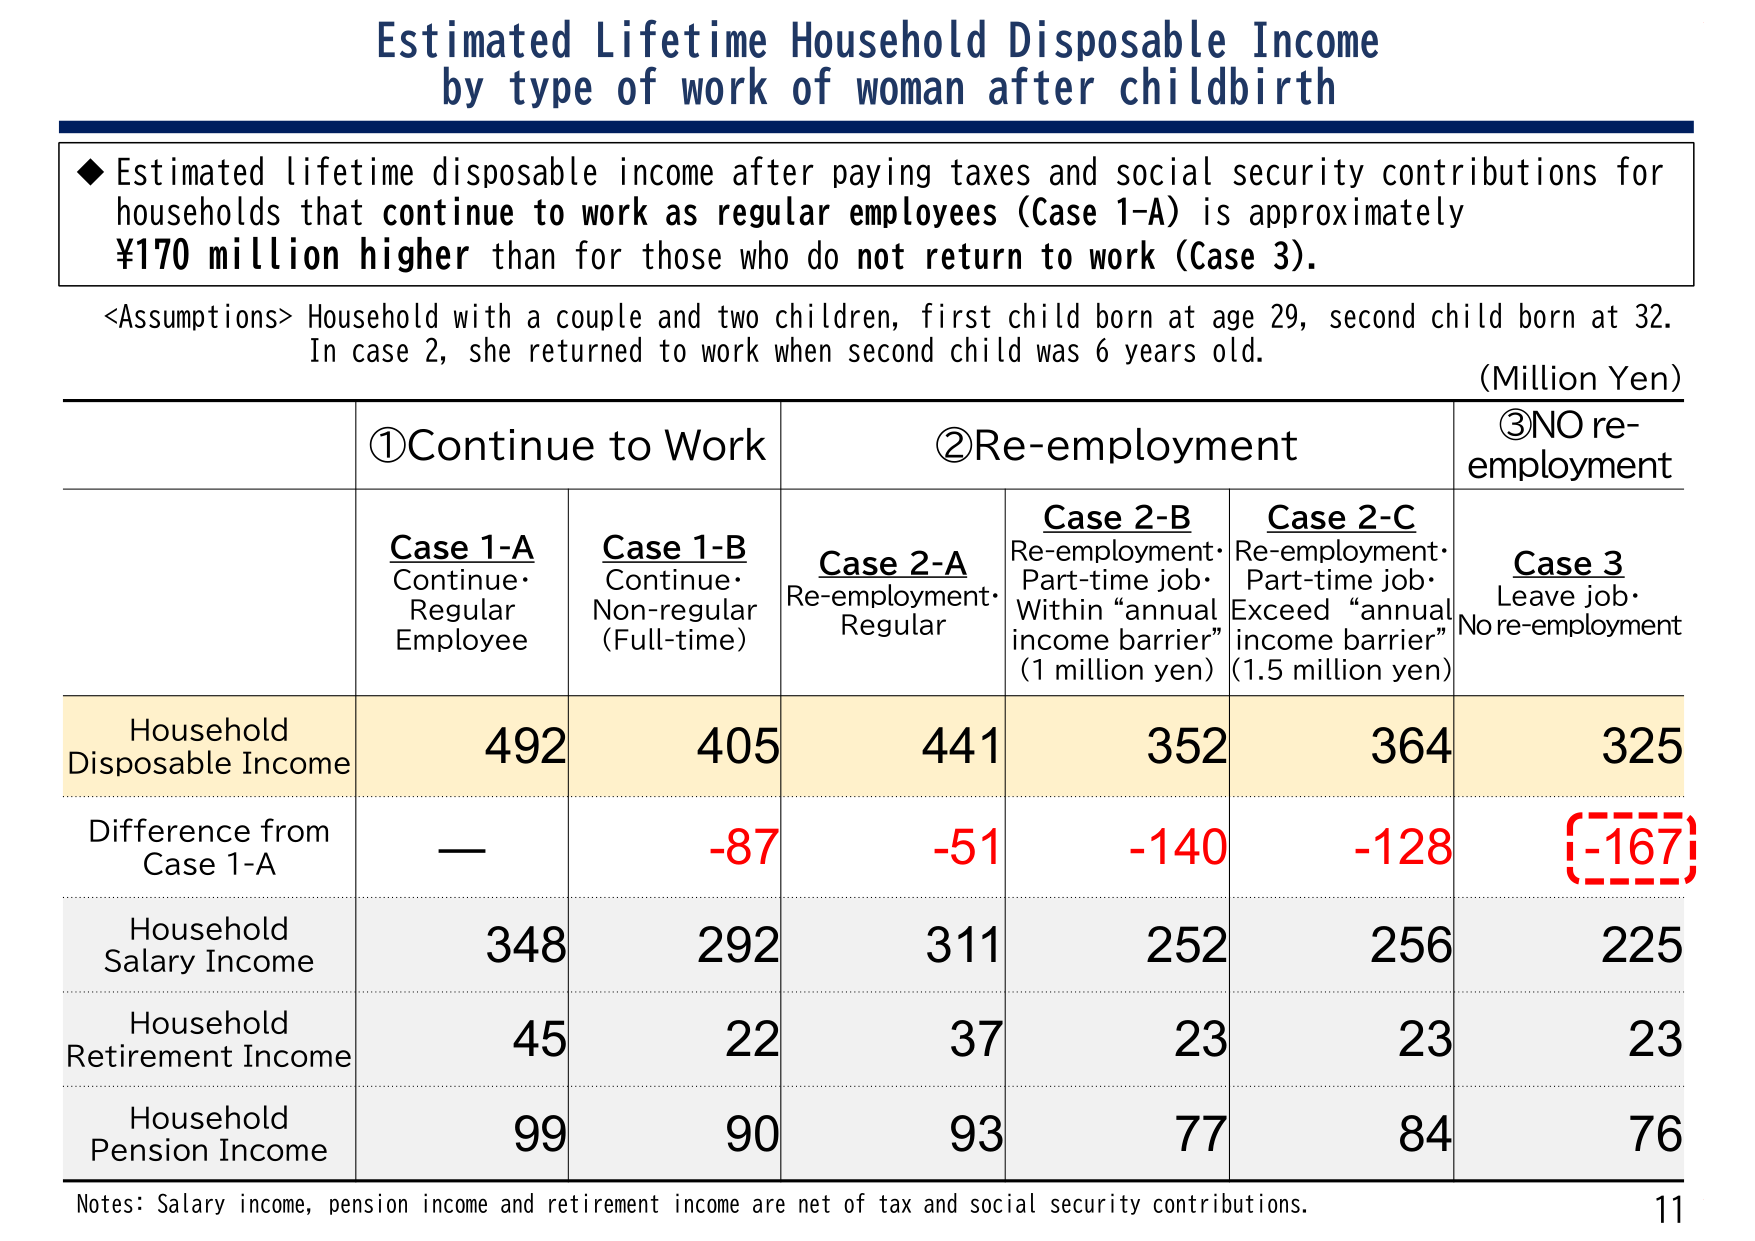
Estimated Lifetime Household Disposable Income
by type of work of woman after childbirth

◆ Estimated lifetime disposable income after paying taxes and social security contributions for households that continue to work as regular employees (Case 1-A) is approximately ¥170 million higher than for those who do not return to work (Case 3).

<Assumptions> Household with a couple and two children, first child born at age 29, second child born at 32. In case 2, she returned to work when second child was 6 years old.

(Million Yen)

①Continue to Work
②Re-employment
③NO re-employment

Case 1-A
Continue·Regular Employee
Case 1-B
Continue·Non-regular (Full-time)
Case 2-A
Re-employment·Regular
Case 2-B
Re-employment·Part-time job·Within “annual income barrier” (1 million yen)
Case 2-C
Re-employment·Part-time job·Exceed “annual income barrier” (1.5 million yen)
Case 3
Leave job·No re-employment

Household Disposable Income
492
405
441
352
364
325

Difference from Case 1-A
—
-87
-51
-140
-128
[-167]

Household Salary Income
348
292
311
252
256
225

Household Retirement Income
45
22
37
23
23
23

Household Pension Income
99
90
93
77
84
76

Notes: Salary income, pension income and retirement income are net of tax and social security contributions.
11